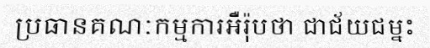
ប្រធានគណៈកម្មការអឺរ៉ុបថា ជាជ័យជម្នះ